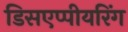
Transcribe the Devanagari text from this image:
डिसएप्पीयरिंग